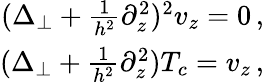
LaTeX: \begin{array}{r}{(\Delta_{\perp}+\frac{1}{h^{2}}\partial_{z}^{2})^{2}v_{z}=0\, ,\ }\\ {(\Delta_{\perp}+\frac{1}{h^{2}}\partial_{z}^{2})T_{c}=v_{z}\, ,\ }\end{array}